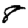
Digit: 8